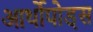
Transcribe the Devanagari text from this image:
आर्थोपोड्स